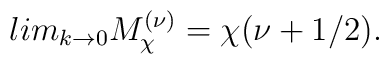
lim_{k\rightarrow0}M_{\chi}^{(\nu)}=\chi(\nu+1/2).